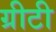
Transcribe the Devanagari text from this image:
ग्रीटी